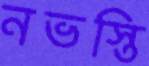
নভস্তি